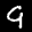
Label: 9